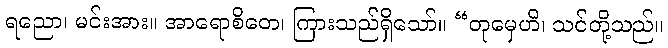
ရညော၊ မင်းအား။ အာရောစိတေ၊ ကြားသည်ရှိသော်။ “တုမှေဟိ၊ သင်တို့သည်။